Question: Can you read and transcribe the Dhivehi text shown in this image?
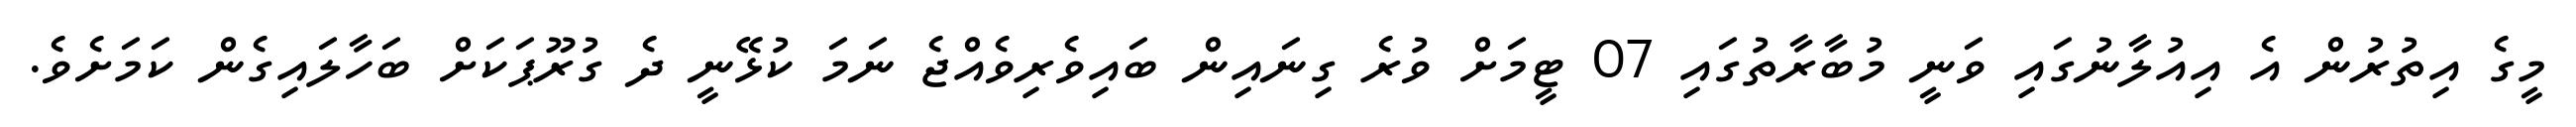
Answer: މީގެ އިތުރުން އެ އިއުލާނުގައި ވަނީ މުބާރާތުގައި 07 ޓީމަށް ވުރެ ގިނައިން ބައިވެރިވެއްޖެ ނަމަ ކުޅޭނީ ދެ ގުރޫޕަކަށް ބަހާލައިގެން ކަމަށެވެ.